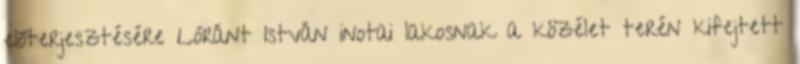
előterjesztésére Lóránt István inotai lakosnak a közélet terén kifejtett